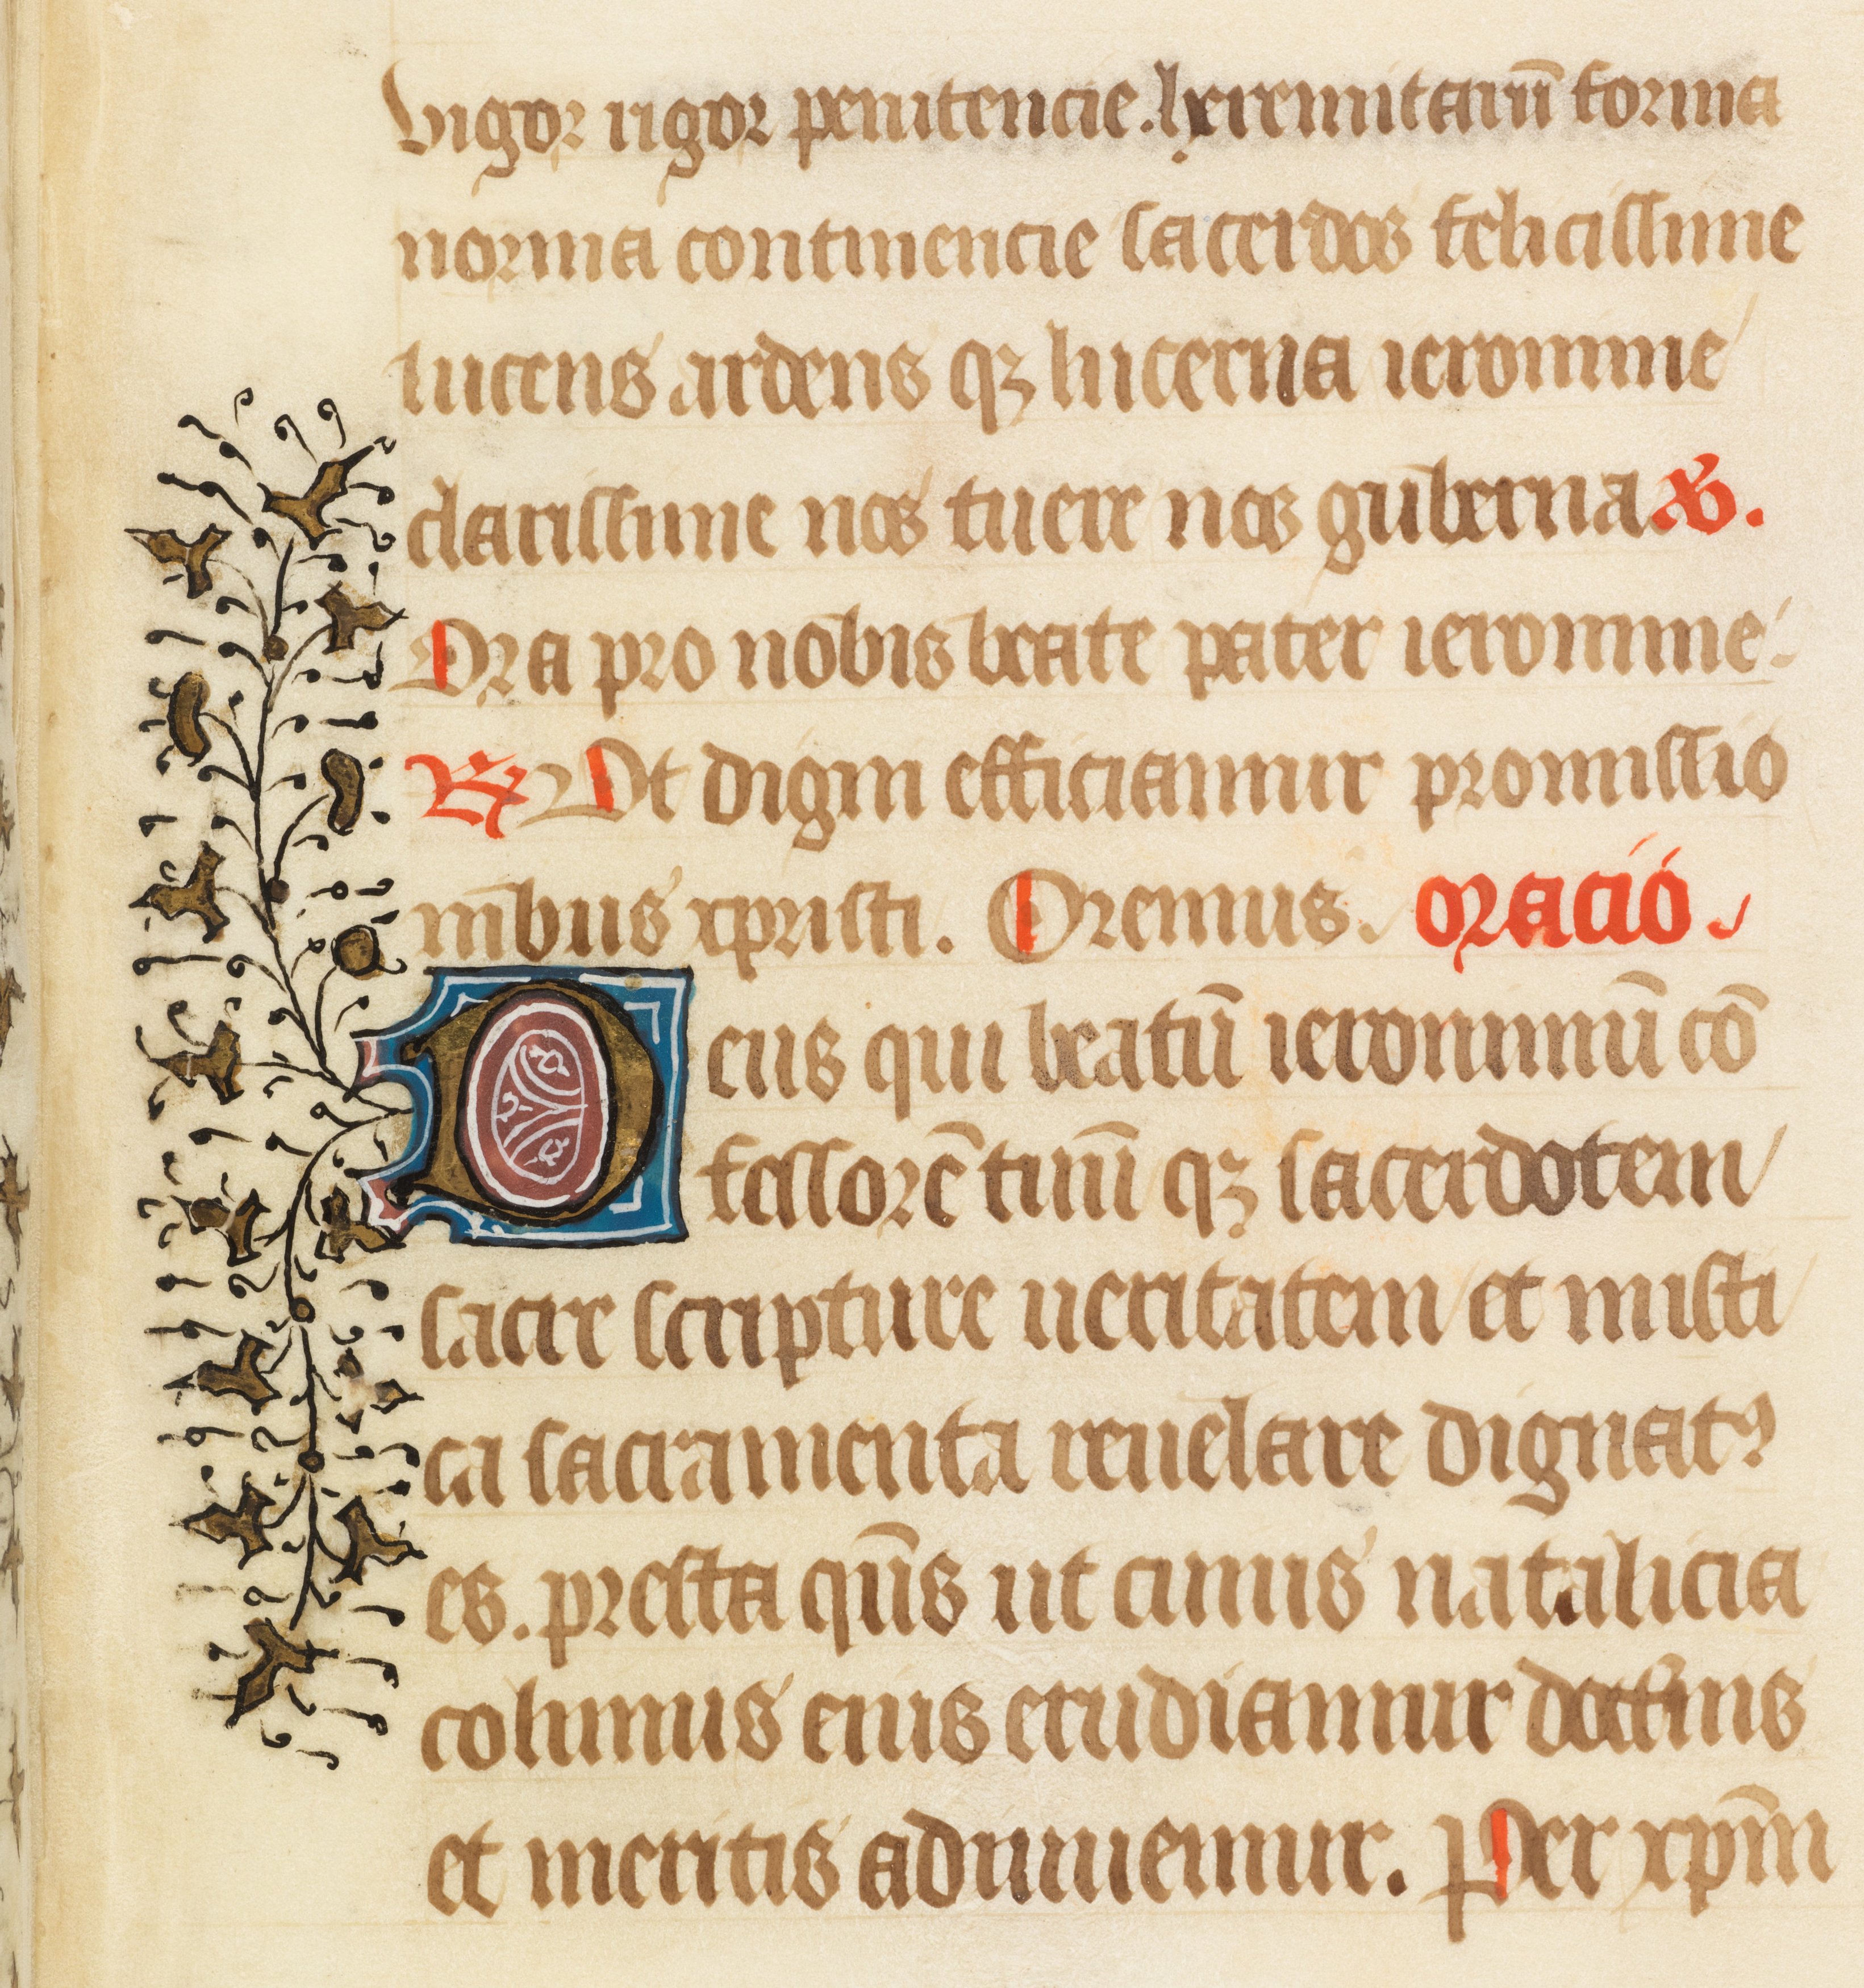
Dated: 1395–1425